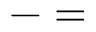
- =